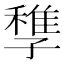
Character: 𡦠